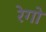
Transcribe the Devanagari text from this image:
रेगो